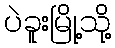
ပဲခူးမြို့သို့